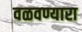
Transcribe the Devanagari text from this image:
वळवण्यारा